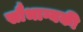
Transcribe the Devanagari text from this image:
सौभाग्यकी